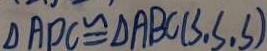
\Delta A D C \cong \Delta A B C ( S , S , S )